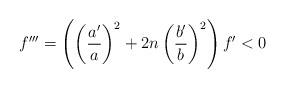
LaTeX: \begin{align*}f''' =\left ( \left(\frac{a'}{a}\right)^2 + 2n\left(\frac{b'}{b}\right)^2\right) f' < 0\end{align*}